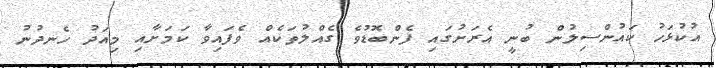
އުކުޅަހު ކައުންސިލުން ބުނީ އެރަށުގައި ފެންބޮޑުވެ ގެއްލުތަކެއް ވެފައިވާ ކަމަށާއި މިއަދު ހެނދުނު